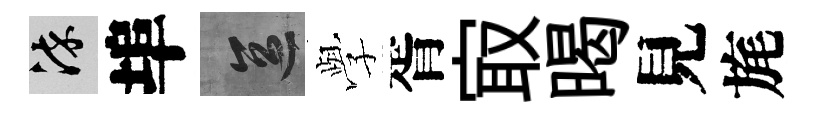
染埠區𫝯胥㝡暍見旄